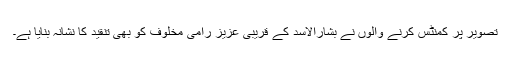
تصویر پر کمنٹس کرنے والوں نے بشارالاسد کے قریبی عزیز رامی مخلوف کو بھی تنقید کا نشانہ بنایا ہے۔